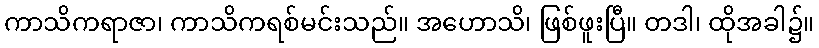
ကာသိကရာဇာ၊ ကာသိကရစ်မင်းသည်။ အဟောသိ၊ ဖြစ်ဖူးပြီ။ တဒါ၊ ထိုအခါ၌။